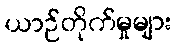
ယာဉ်တိုက်မှုများ